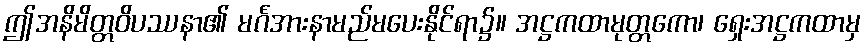
ဤအနိမိတ္တဝိပဿနာ၏ မင်္ဂအားနာမည်မပေးနိုင်ရာ၌။ အဋ္ဌကထာမုတ္တကော၊ ရှေးအဋ္ဌကထာမှ